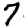
Digit: 7